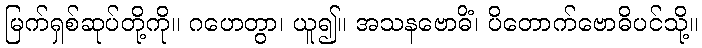
မြက်ရှစ်ဆုပ်တို့ကို။ ဂဟေတွာ၊ ယူ၍။ အသနဗောဓိံ၊ ပိတောက်ဗောဓိပင်သို့။